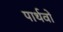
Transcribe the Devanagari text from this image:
पार्थवों